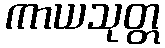
ကာယသုတ္တ